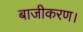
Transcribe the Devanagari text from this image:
बाजीकरण।